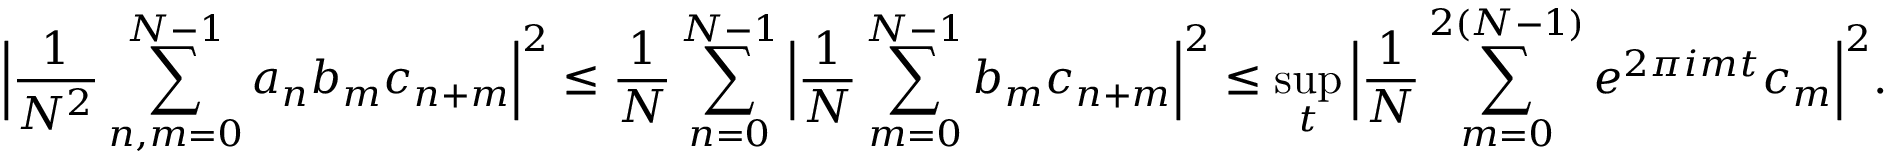
\Big | \frac { 1 } { N ^ { 2 } } \sum _ { n , m = 0 } ^ { N - 1 } a _ { n } b _ { m } c _ { n + m } \Big | ^ { 2 } \le \frac { 1 } { N } \sum _ { n = 0 } ^ { N - 1 } \Big | \frac { 1 } { N } \sum _ { m = 0 } ^ { N - 1 } b _ { m } c _ { n + m } \Big | ^ { 2 } \le \operatorname* { s u p } _ { t } \Big | \frac { 1 } { N } \sum _ { m = 0 } ^ { 2 ( N - 1 ) } e ^ { 2 \pi i m t } c _ { m } \Big | ^ { 2 } .